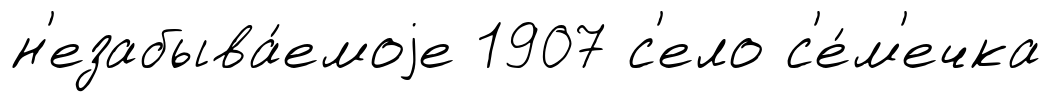
н'езабыва́емоjе 1907 с'ело с'е́м'ечка